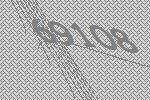
69108